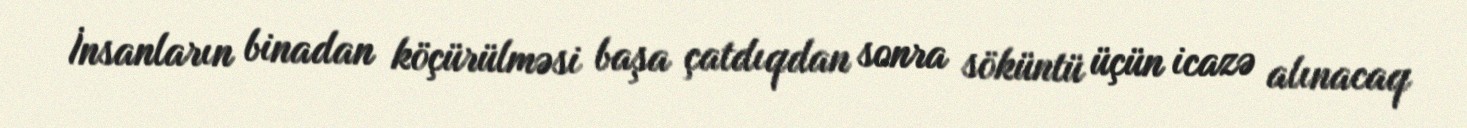
İnsanların binadan köçürülməsi başa çatdıqdan sonra söküntü üçün icazə alınacaq